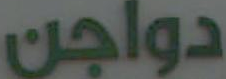
دواجن